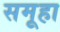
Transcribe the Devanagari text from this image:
समूहा